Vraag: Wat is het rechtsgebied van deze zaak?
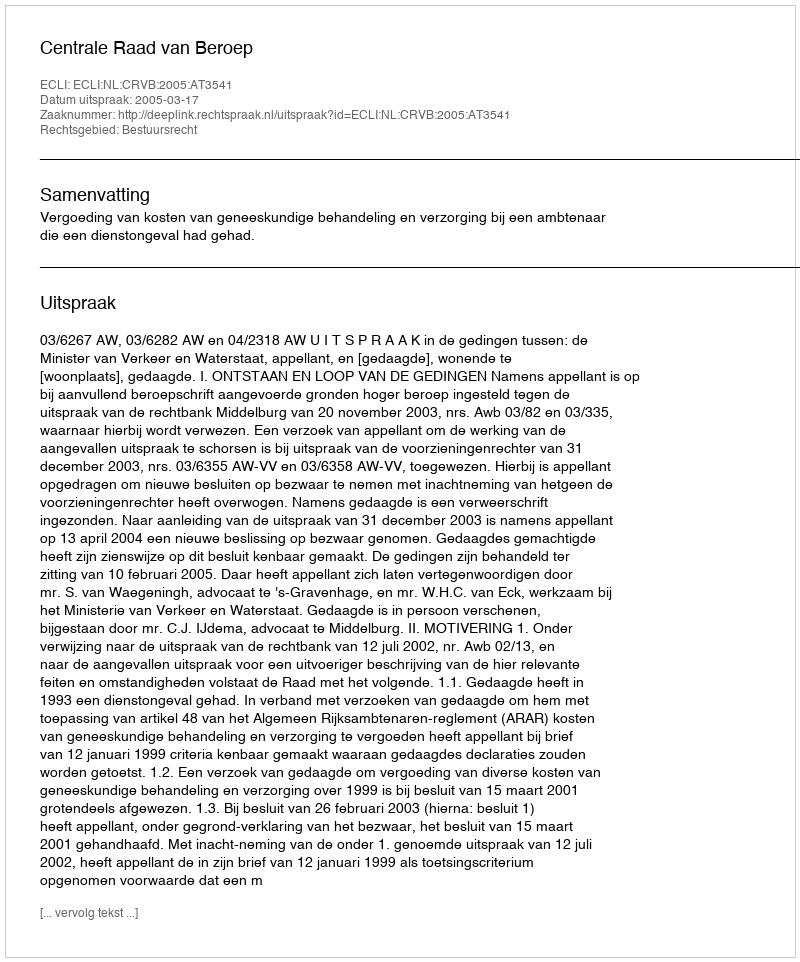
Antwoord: Bestuursrecht